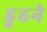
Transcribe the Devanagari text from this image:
ढुढने